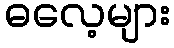
ဓလေ့များ